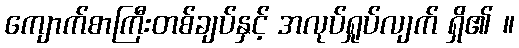
ကျောက်စာကြီးတစ်ချပ်နှင့် အလုပ်ရှုပ်လျက် ရှိ၏ ။